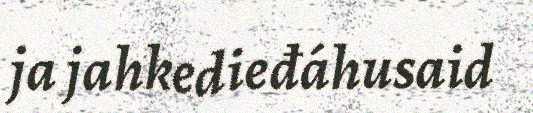
ja jahkedieđáhusaid